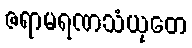
ဇရာမရဏသံယုတေ